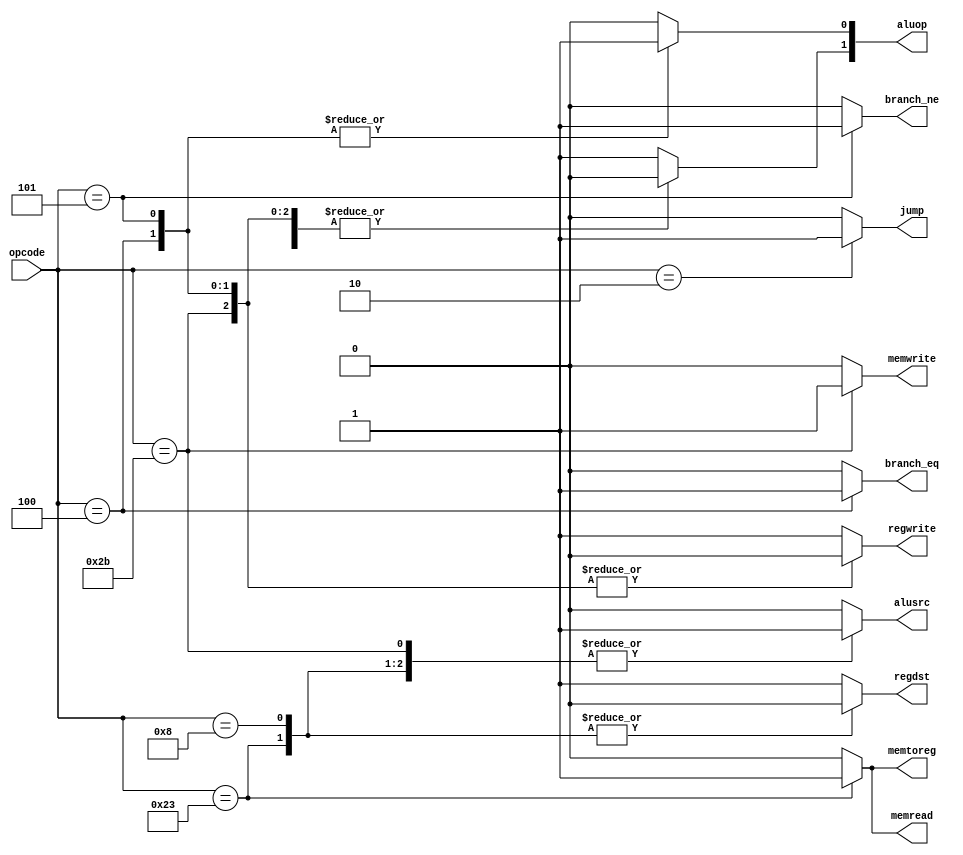
module control(
		input  wire	[5:0]	opcode,
		output reg			branch_eq, branch_ne,
		output reg [1:0]	aluop,
		output reg			memread, memwrite, memtoreg,
		output reg			regdst, regwrite, alusrc,
		output reg			jump);

	always @(*) begin
		/* defaults */
		aluop[1:0]	<= 2'b10;
		alusrc		<= 1'b0;
		branch_eq	<= 1'b0;
		branch_ne	<= 1'b0;
		memread		<= 1'b0;
		memtoreg	<= 1'b0;
		memwrite	<= 1'b0;
		regdst		<= 1'b1;
		regwrite	<= 1'b1;
		jump		<= 1'b0;

		case (opcode)
			6'b100011: begin	/* lw */
				memread  <= 1'b1;
				regdst   <= 1'b0;
				memtoreg <= 1'b1;
				aluop[1] <= 1'b0;
				alusrc   <= 1'b1;
			end
			6'b001000: begin	/* addi */
				regdst   <= 1'b0;
				aluop[1] <= 1'b0;
				alusrc   <= 1'b1;
			end
			6'b000100: begin	/* beq */
				aluop[0]  <= 1'b1;
				aluop[1]  <= 1'b0;
				branch_eq <= 1'b1;
				regwrite  <= 1'b0;
			end
			6'b101011: begin	/* sw */
				memwrite <= 1'b1;
				aluop[1] <= 1'b0;
				alusrc   <= 1'b1;
				regwrite <= 1'b0;
			end
			6'b000101: begin	/* bne */
				aluop[0]  <= 1'b1;
				aluop[1]  <= 1'b0;
				branch_ne <= 1'b1;
				regwrite  <= 1'b0;
			end
			6'b000000: begin	/* add */
			end
			6'b000010: begin	/* j jump */
				jump <= 1'b1;
			end
		endcase
	end
endmodule